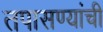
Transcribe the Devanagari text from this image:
तपासण्यांची